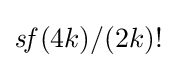
{\mathit {sf}}(4k)/(2k)!